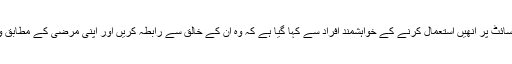
ان وائرسز کی ویب سائٹ پر انھیں استعمال کرنے کے خواہشمند افراد سے کہا گیا ہے کہ وہ ان کے خالق سے رابطہ کریں اور اپنی مرضی کے مطابق وائرس حاصل کریں۔